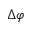
\Delta \varphi